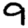
Digit: 9